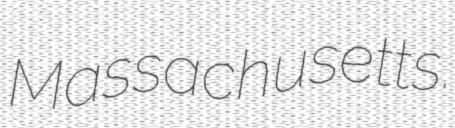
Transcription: Massachusetts.